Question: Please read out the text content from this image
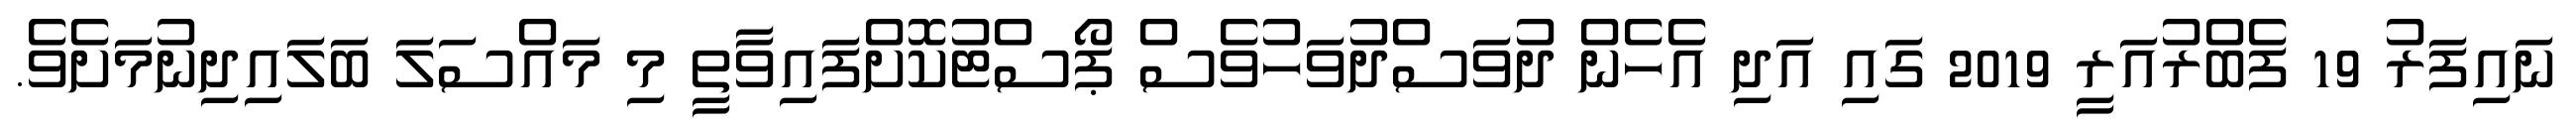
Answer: ނައިފަރު 19 ފެބްރުއަރީ 2019 ގައި އަދި އެހެން ދުވަސްދުވަހުވެސް ޕޯސްޓުކޮށްފައިވާތީ މި މައްސަލަ ބަލައިދިނުމަށެވެ.